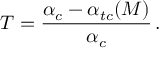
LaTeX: T = { \frac { \alpha _ { c } - \alpha _ { t c } ( M ) } { \alpha _ { c } } } \, .